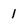
Character: 1